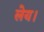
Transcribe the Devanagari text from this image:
लेय।